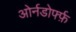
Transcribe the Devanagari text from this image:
ओर्नडोर्फ्फ़